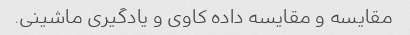
مقایسه و مقایسه داده کاوی و یادگیری ماشینی.